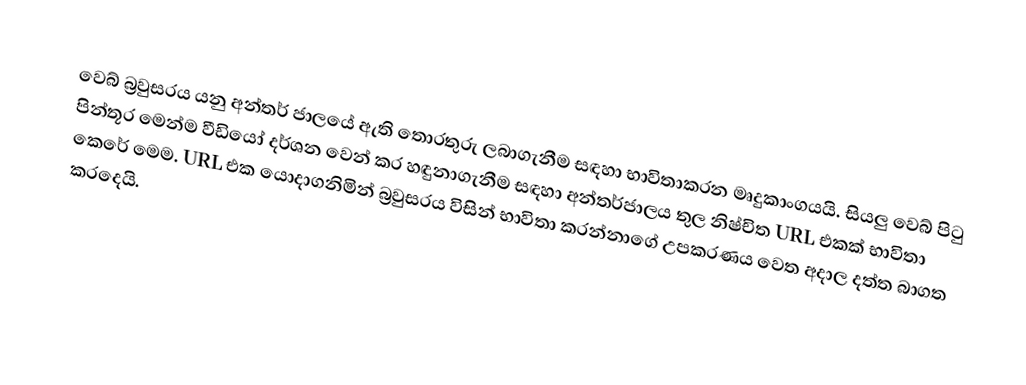
වෙබ් බ්‍රවුසරය යනු අන්තර් ජාලයේ ඇති තොරතුරු ලබාගැනීම සඳහා භාවිතාකරන මෘදුකාංගයයි. සියලු වෙබ් පිටු පින්තූර මෙන්ම වීඩියෝ දර්ශන වෙන් කර හඳුනාගැනීම සඳහා අන්තර්ජාලය තුල නිෂ්චිත URL එකක් භාවිතා කෙරේ මෙම. URL එක යොදාගනිමින් බ්‍රවුසරය විසින් භාවිතා කරන්නාගේ උපකරණය වෙත අදාල දත්ත බාගත කරදෙයි.